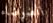
الضوضاء